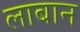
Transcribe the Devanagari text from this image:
लाबान